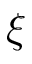
\xi